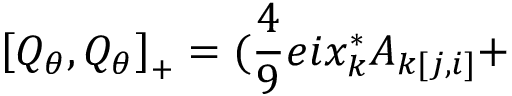
\left[ Q _ { \theta } , Q _ { \theta } \right] _ { + } = ( \frac { 4 } { 9 } e i x _ { k } ^ { * } A _ { k [ j , i ] } +